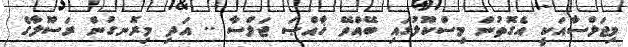
މިޖަލްސާއަކީ އެގޮތުން މިސްކޫލުގައި ބޭއްވޭ ޚާއްޞަ ޖަލްސާ .. އަދި މިރޮނގުން ރަސޫލާގެ